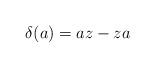
LaTeX: \begin{align*}\delta (a) = a z - z a\end{align*}